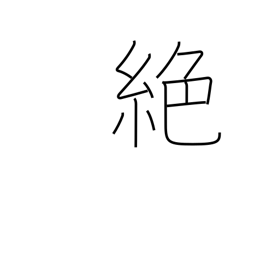
Meaning: interrupt